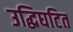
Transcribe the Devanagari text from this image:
उद्धिघटित